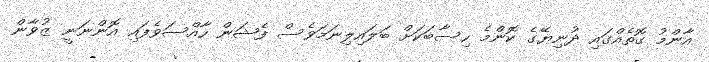
އާންމު ގޮތެއްގައި ދުނިޔޭގެ ކޮންމެ ހިސާބަކަށް ބަލައިލިނަމަވެސް ފެޝަން ހާއްސަވެފައި އޮންނަނީ ޒުވާން